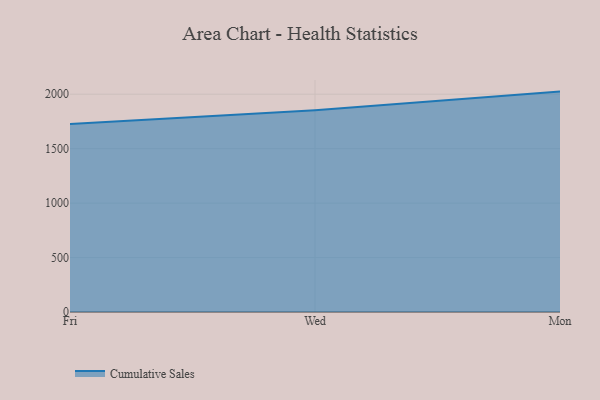
{"axis": {"x": "Day", "y": "Humidity (%)"}, "legend": ["Cumulative Sales"], "data": [{"x": "Fri", "y": 1726.2, "type": "Cumulative Sales"}, {"x": "Wed", "y": 1853.7, "type": "Cumulative Sales"}, {"x": "Mon", "y": 2024.2, "type": "Cumulative Sales"}]}